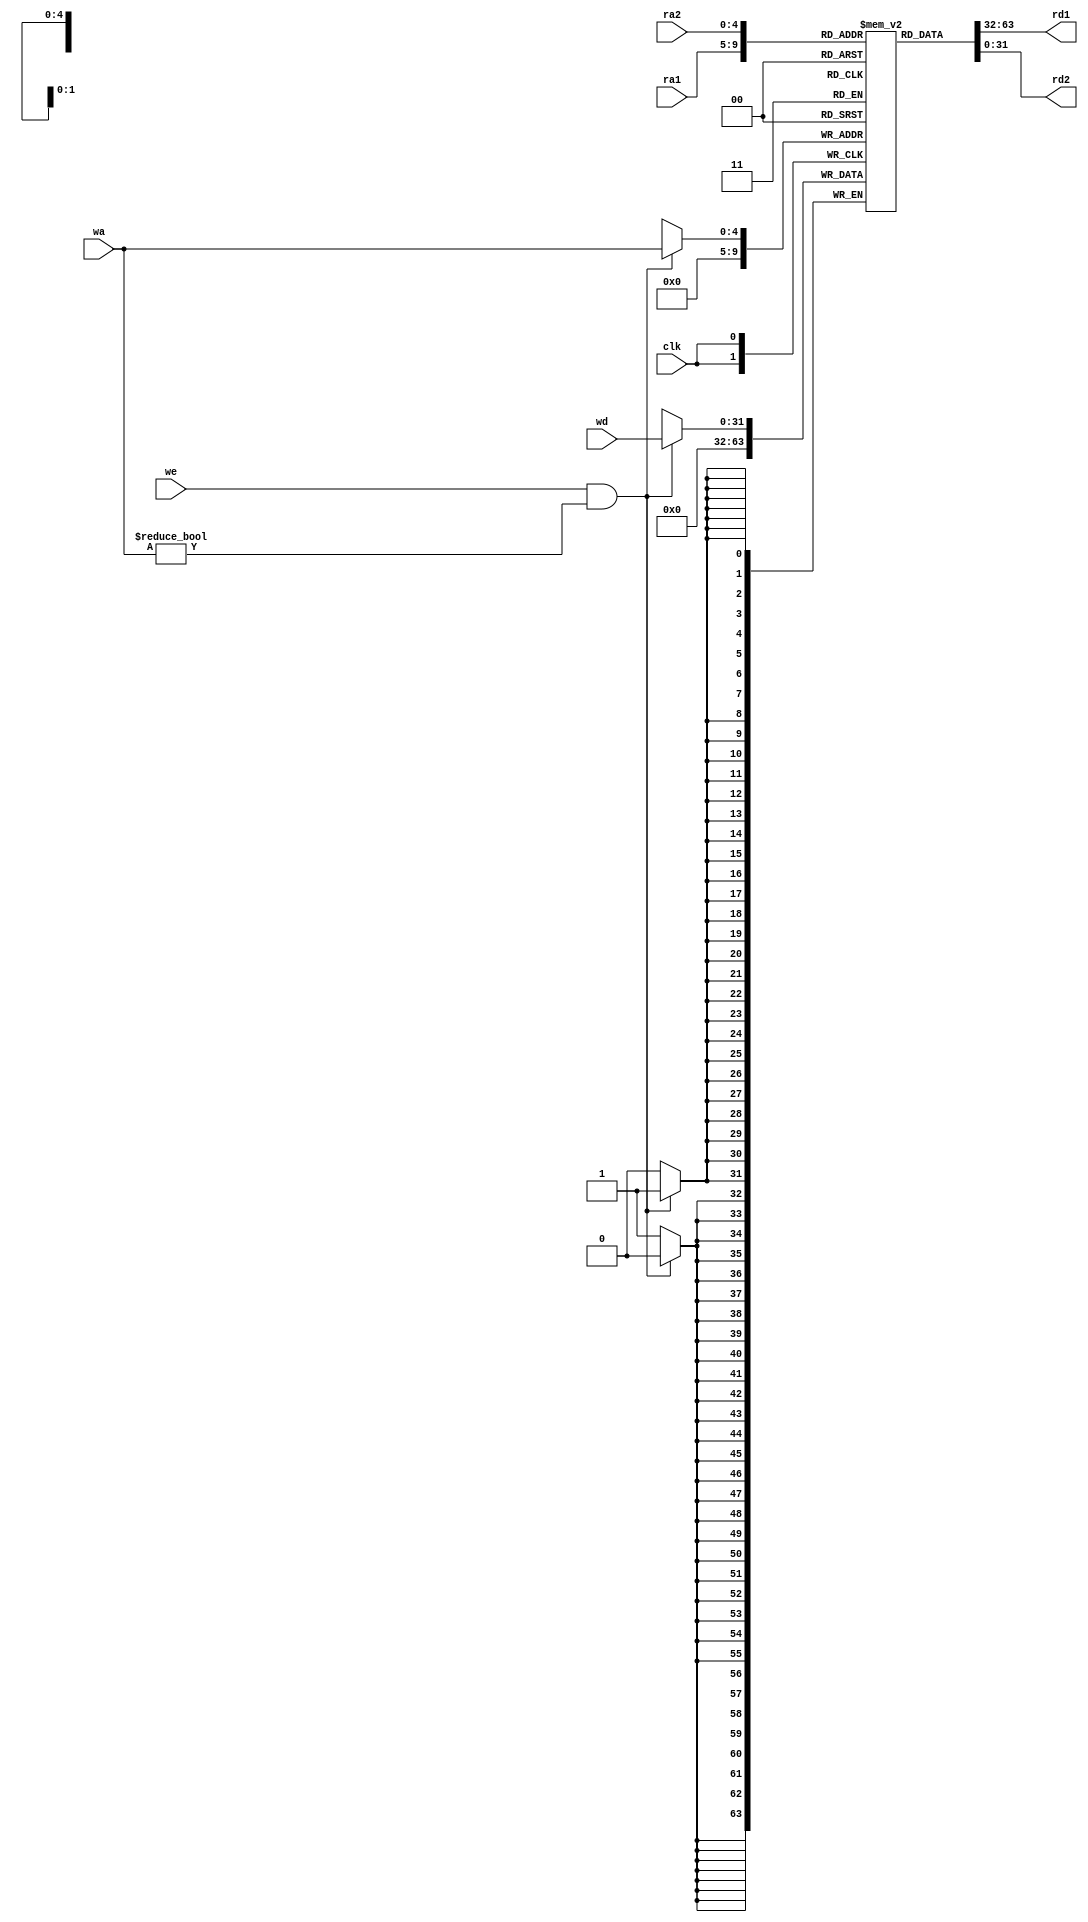
module reg_file (
    input clk,
    input we,
    input [4:0] ra1, ra2, wa,
    input [31:0] wd,
    output [31:0] rd1, rd2
);
    parameter DEPTH = 32;
    reg [31:0] mem [0:31];

    assign rd1 = mem[ra1];
    assign rd2 = mem[ra2];

    always @(posedge clk) begin
        if (we && wa != 'd0) mem[wa] <= wd;
        else mem['d0] <= 'd0;
    end

endmodule